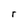
Character: r